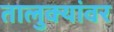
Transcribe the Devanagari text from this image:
तालुक्यांवर